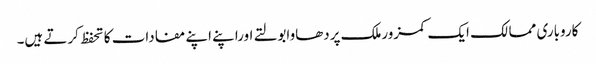
کاروباری ممالک ایک کمزورملک پردھاوابولتے اوراپنے اپنے مفادات کا تحفظ کرتے ہیں۔